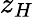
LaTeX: z_{H}